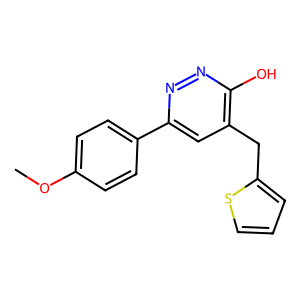
SMILES: COc1ccc(-c2cc(Cc3cccs3)c(O)nn2)cc1
Inhibits HIV replication: No